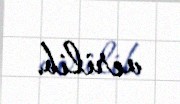
verilib.